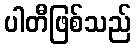
ပါတီဖြစ်သည်